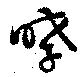
哮